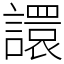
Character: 譞